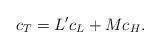
LaTeX: \begin{align*}c_T = L'c_L + Mc_H.\end{align*}